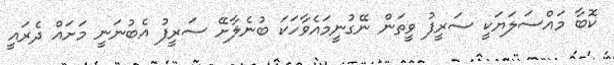
ކޮބާ މައްސަލަޔަކީ ސަރީފު ވީތަން ނޭގުނީމައެވާހަކަ ބުނެލާށޭ ސަރީފު އެބުނަނީ މަށައް ދެރައީ